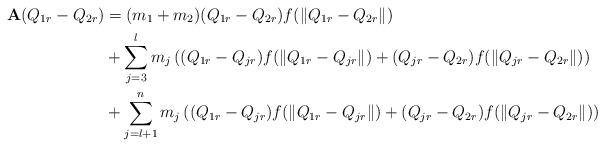
LaTeX: \begin{align*} \mathbf{A}(Q_{1r}-Q_{2r})&=(m_{1}+m_{2})(Q_{1r}-Q_{2r})f(\|Q_{1r}-Q_{2r}\|)\\ &+\sum\limits_{j=3}^{l}m_{j}\left((Q_{1r}-Q_{jr})f(\|Q_{1r}-Q_{jr}\|)+(Q_{jr}-Q_{2r})f(\|Q_{jr}-Q_{2r}\|)\right)\\ &+\sum\limits_{j=l+1}^{n}m_{j}\left((Q_{1r}-Q_{jr})f(\|Q_{1r}-Q_{jr}\|)+(Q_{jr}-Q_{2r})f(\|Q_{jr}-Q_{2r}\|)\right) \end{align*}